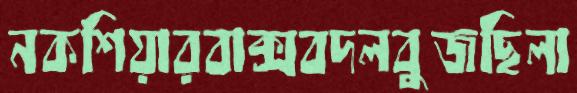
নকশিয়ারবাক্সবদলবুজছিলা